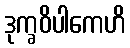
ဒုက္ခဝိပါကေဟိ